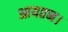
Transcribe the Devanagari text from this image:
आयतन।